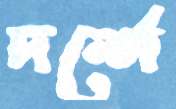
দর্শে